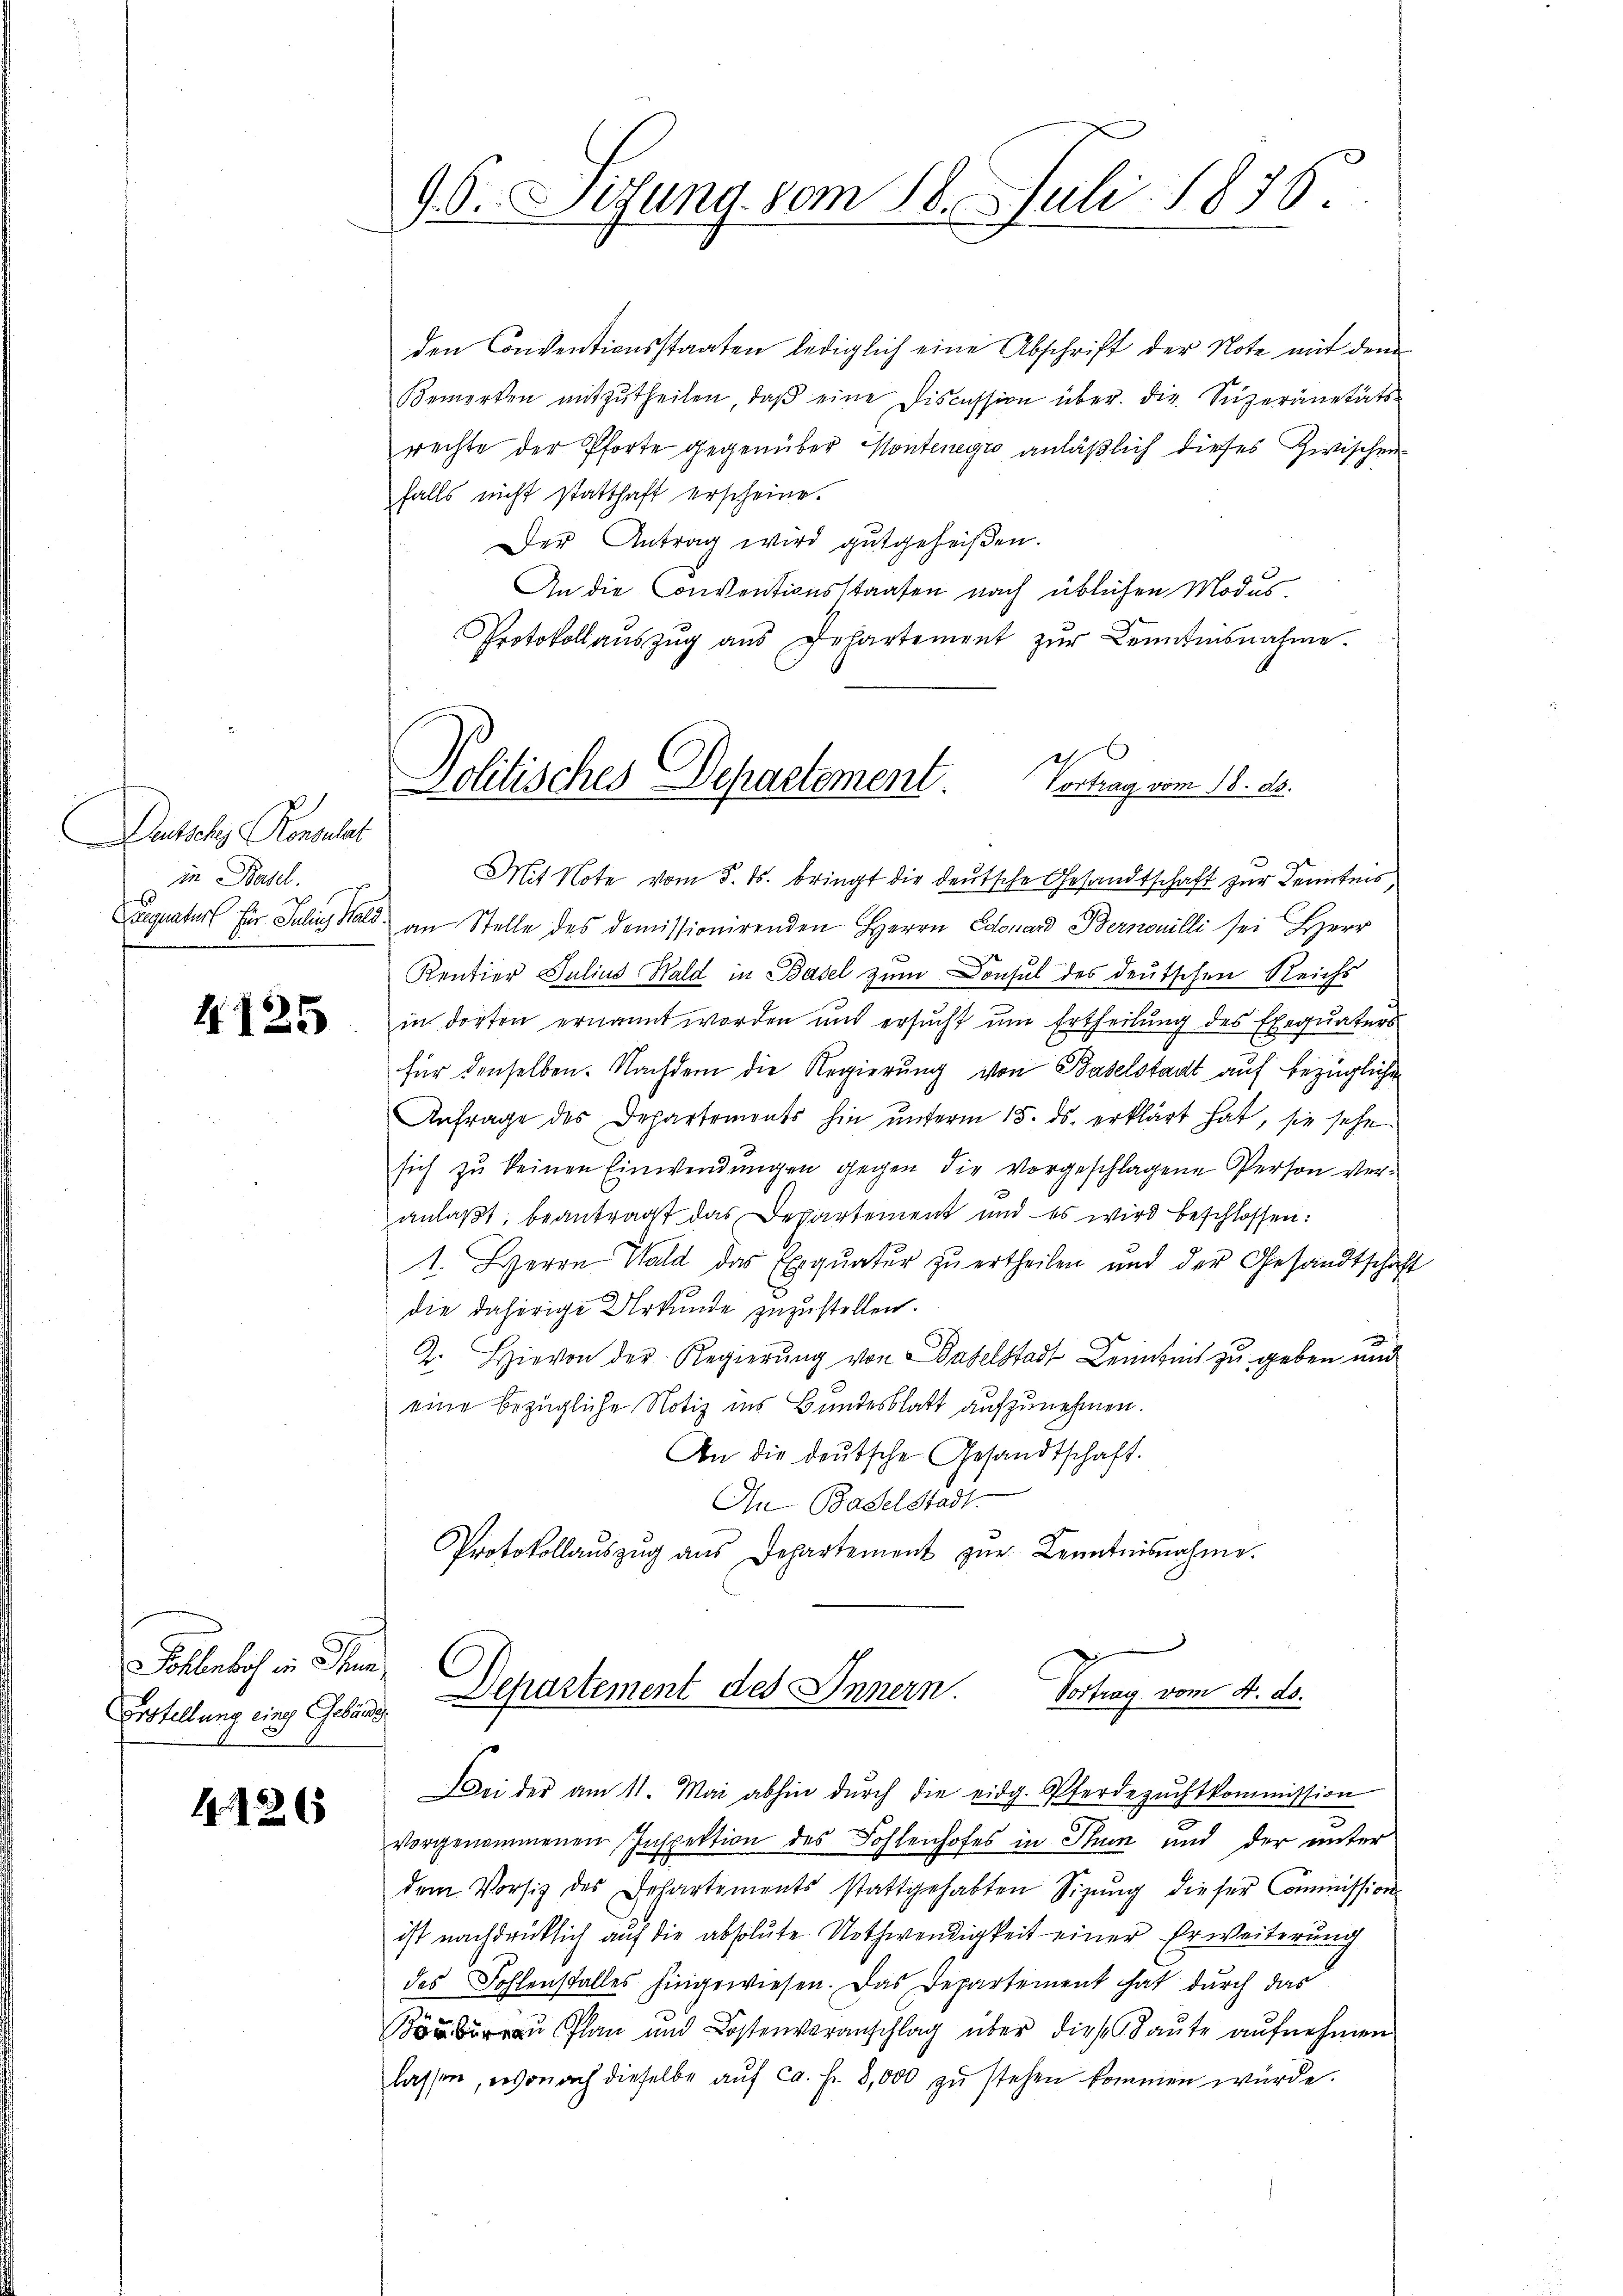
Auctions Konsulat
in Basel.

4125

Follerlich in Thur
Erstellung eing Gebäude

426

9. G. Sitzung vom 18. Juli 1876

den Conventionsstaaten lediglich eine Abschrift der Note mit dem
Bemerken mitzŭtheilen, daβ eine Discussion über die Superänetäts-
rechte der Pforte gegenüber Kontenegro anläßlich dieses Zwischen
falls nicht statthaft erscheine.
Der Antrag wird gutgeheißen.

An die Conventionsstaaten nach üblichen Modes¬
Protokoll aŭszŭg aŭs Gehartement zŭr Kenntnisnahme.
Vortrag vom 18. ds.
Mit Note vom 5. ds. bringt die deutsche Gesandtschaft zur Kenntnis
uequatur für Julia Bald an Stelle des domissionirenden Herrn Edouard Bernouilli sei Herr
Kentier Julius Wald in Basel zum Consul des deutschen Reichs
in dorten ernannt worden und ersucht um Ertheilung des Exequaters
für denselben. Nachdem die Regierung von Baselstadt auf bezügliche
Anfrage des Departements hin unterm 15. ds. erklärt hat, sie sehe
sich zu keinen Einwendungen gegen die vorgeschlagene Person veranlaßt, beantragt das Departement und es wird beschlossen:
1. Herrn Wald das Exeqŭatŭr zŭ ertheilen und der Gesandtschaft
die daherige Urkunde zuzustellen.
2. Hievon der Regierŭng von Baselstadt Leiheit zu geben und
eine bezügliche Notiz ins Bundesblatt aufzunehmen.
An die deutsche Gesandtschaft.
In Baselstadt.
Protokollaŭszŭg aŭs Departement zŭr Kenntnisnahme.
Departement des Innern. Vortrag vom 4. ds.
Bei der am 11. Mai abhin dŭrch die eidg. Pferdezŭchtkommission
vorgenommenen Inspektion des Sohlenhofes in Thun und der unter
dem Vorsitz des Departements stattgehabten Sizŭng dieser Commissions-
ist nachdrücklich auf die absolute Nothwendigkeit einer Erweiterung
des Fohlenstalles hingewiesen. Das Departement hat durch das
 Plan und Kostenveranschlag über diese Baute aufnehmen
lassen, wonach dieselbe auf ca. Fr. 8,000 zu stehen kommen wurde.

Politisches Departement